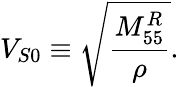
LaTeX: V_{S0}\equiv\sqrt{\frac{M_{55}^{R}}{\rho}}.